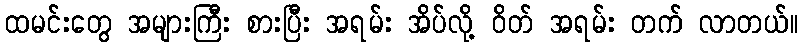
ထမင်းတွေ အများကြီး စားပြီး အရမ်း အိပ်လို့ ဝိတ် အရမ်း တက် လာတယ်။